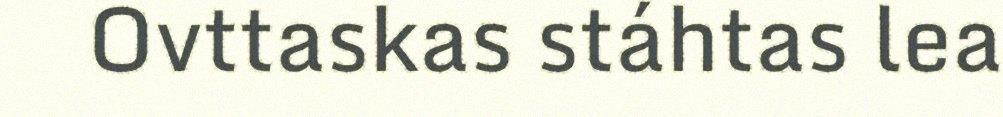
Ovttaskas stáhtas lea